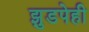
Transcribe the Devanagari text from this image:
झुडपेही